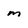
Character: m